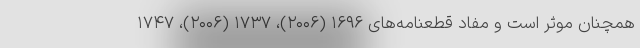
همچنان موثر است و مفاد قطعنامه‌های ۱۶۹۶ (۲۰۰۶)، ۱۷۳۷ (۲۰۰۶)، ۱۷۴۷